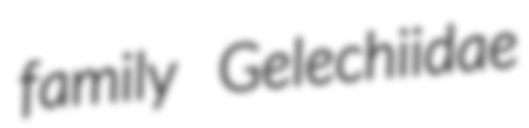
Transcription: family Gelechiidae